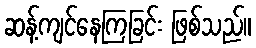
ဆန့်ကျင်နေကြခြင်း ဖြစ်သည်။